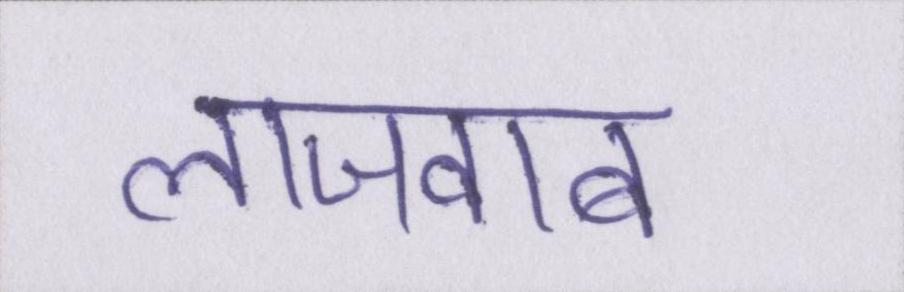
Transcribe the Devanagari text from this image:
लाजवाब